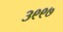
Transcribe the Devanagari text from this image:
३९९७